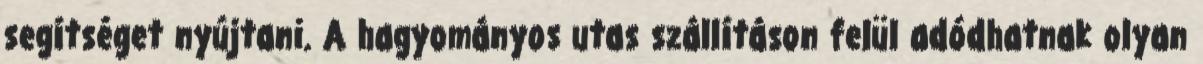
segítséget nyújtani. A hagyományos utas szállításon felül adódhatnak olyan